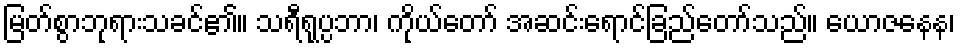
မြတ်စွာဘုရားသခင်၏။ သရီရုပ္ပဘာ၊ ကိုယ်တော် အဆင်းရောင်ခြည်တော်သည်။ ယောဇနေန၊